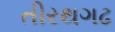
તીરથગઢ